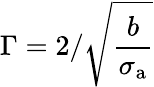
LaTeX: \Gamma=2/\sqrt{\frac{b}{\sigma_{\mathrm{a}}}}